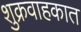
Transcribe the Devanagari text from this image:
शुक्रवाहकात